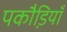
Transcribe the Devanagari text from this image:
पकौडि़याँ